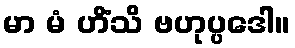
မာ မံ ဟိံသိ ဗဟုပ္ပဒေါ။